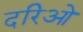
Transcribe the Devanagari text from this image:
दरिओ